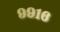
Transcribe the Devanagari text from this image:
९९१६